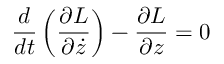
\frac { d } { d t } \left( \frac { \partial \cal { L } } { \partial \dot { z } } \right) - \frac { \partial { \cal { L } } } { \partial z } = 0